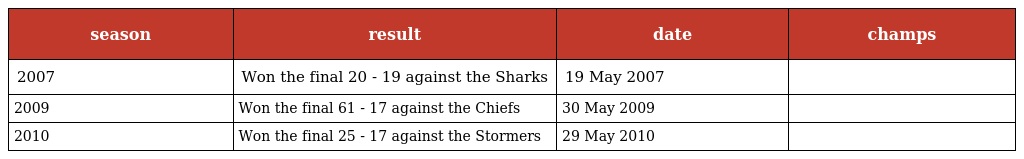
| season | result | date | champs |
 | --- | --- | --- | --- |
 | 2007 | Won the final 20 - 19 against the Sharks | 19 May 2007 |  |
 | 2009 | Won the final 61 - 17 against the Chiefs | 30 May 2009 |  |
 | 2010 | Won the final 25 - 17 against the Stormers | 29 May 2010 |  |